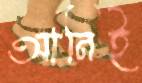
আনিই